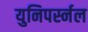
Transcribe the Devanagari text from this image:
युनिपर्स्नल